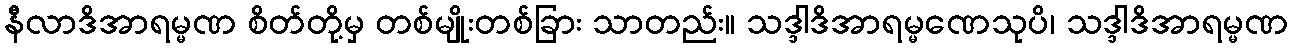
နီလာဒိအာရမ္မဏ စိတ်တို့မှ တစ်မျိုးတစ်ခြား သာတည်း။ သဒ္ဒါဒိအာရမ္မဏေသုပိ၊ သဒ္ဒါဒိအာရမ္မဏ